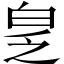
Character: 𬐆